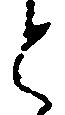
と